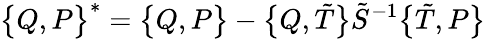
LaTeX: \bigl\{ Q,P\bigr\} ^{\ast}=\bigl\{ Q,P\bigr\} -\bigl\{ Q,\tilde{T}\bigr\} \tilde{S}^{-1}\bigl\{ \tilde{T},P\bigr\}